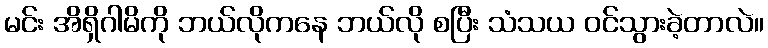
မင်း အိရှိဂါမိကို ဘယ်လိုကနေ ဘယ်လို စပြီး သံသယ ဝင်သွားခဲ့တာလဲ။